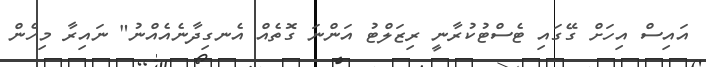
އައިސް އިހަށް ގޭގައި ޓެސްޓުކުރާނީ ރިޒަލްޓު އަންނަ ގޮތެއް އެނގިދާނެއެއްނު" ނައިރާ މިހެން